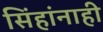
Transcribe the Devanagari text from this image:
सिंहांनाही